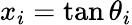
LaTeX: x_{i}=\tan\theta_{i}